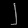
Digit: ၂